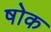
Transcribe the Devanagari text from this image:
षोक